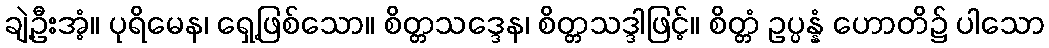
ချဲ့ဦးအံ့။ ပုရိမေန၊ ရှေ့ဖြစ်သော။ စိတ္တသဒ္ဒေန၊ စိတ္တသဒ္ဒါဖြင့်။ စိတ္တံ ဥပ္ပန္နံ ဟောတိ၌ ပါသော